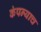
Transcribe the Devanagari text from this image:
कंपन्याच